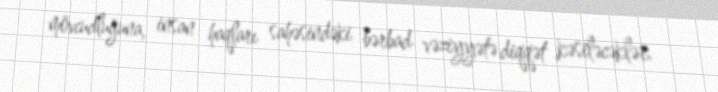
mövcudluğuna, insan haqları sahəsindəki bərbad vəziyyətə diqqət kəsiləcəklər.